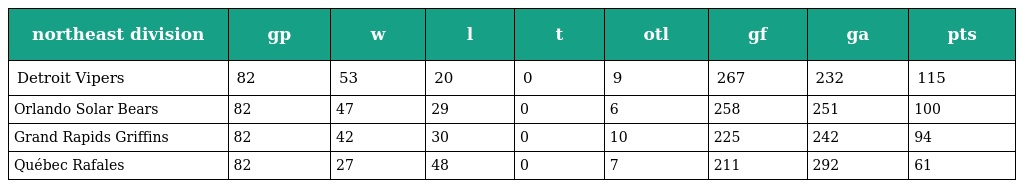
| northeast division | gp | w | l | t | otl | gf | ga | pts |
 | --- | --- | --- | --- | --- | --- | --- | --- | --- |
 | Detroit Vipers | 82 | 53 | 20 | 0 | 9 | 267 | 232 | 115 |
 | Orlando Solar Bears | 82 | 47 | 29 | 0 | 6 | 258 | 251 | 100 |
 | Grand Rapids Griffins | 82 | 42 | 30 | 0 | 10 | 225 | 242 | 94 |
 | Québec Rafales | 82 | 27 | 48 | 0 | 7 | 211 | 292 | 61 |